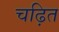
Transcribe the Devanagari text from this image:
चढ़ित